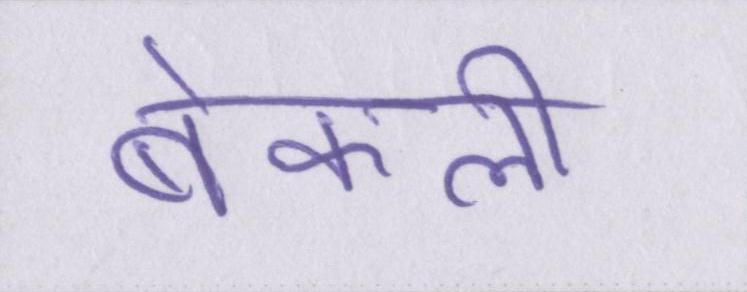
बेकली